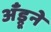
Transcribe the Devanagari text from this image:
अँड्रूने